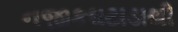
નજીકઘટાડાથી